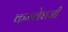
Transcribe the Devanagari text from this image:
कमलेशजी